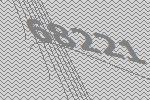
68221